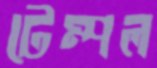
টেম্পল